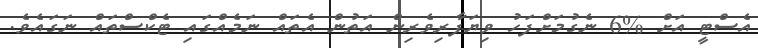
އެސްޓީ އަށް %6 ނެގުމަށްފަހު ވިޔަފާރިވެރިން އަތުން އެތައް ނަމެއްގައި ޓެކްސްތައް ނަގައެވެ.